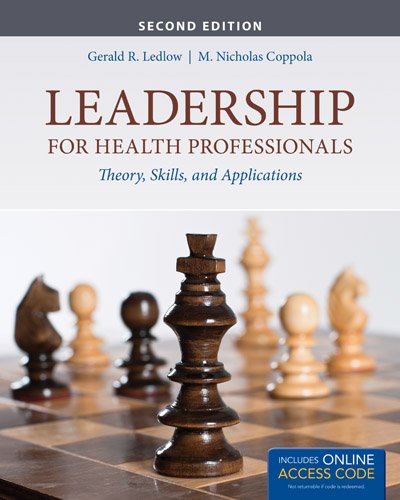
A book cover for Leadership For Health Professionals; Gerald (Jerry) R. Ledlow; Medical Books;